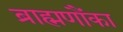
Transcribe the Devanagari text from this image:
ब्राह्मणौंका